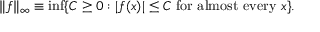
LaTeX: \| f \| _ { \infty } \equiv \operatorname* { i n f } \{ C \geq 0 : | f ( x ) | \leq C { \mathrm { ~ f o r ~ a l m o s t ~ e v e r y ~ } } x \} .